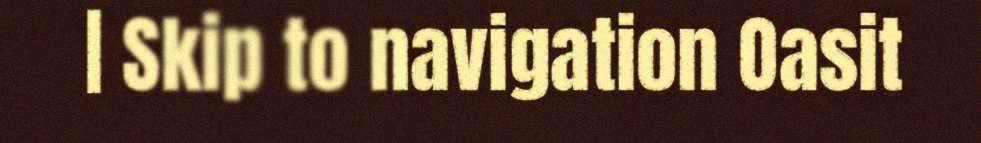
| Skip to navigation Oasit